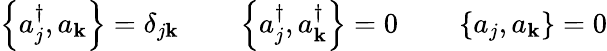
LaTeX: \left\{ a_{j}^{\dagger},a_{\mathbf{k}}\right\} =\delta_{j\mathbf{k}}\qquad\left\{ a_{j}^{\dagger},a_{\mathbf{k}}^{\dagger}\right\} =0\qquad\left\{ a_{j},a_{\mathbf{k}}\right\} =0